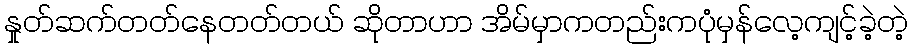
နှုတ်ဆက်တတ်နေတတ်တယ် ဆိုတာဟာ အိမ်မှာကတည်းကပုံမှန်လေ့ကျင့်ခဲ့တဲ့